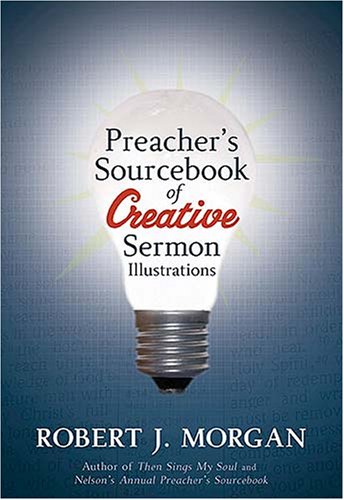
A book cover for Preacher's Sourcebook of Creative Sermon Illustrations; Robert Morgan; Christian Books & Bibles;